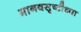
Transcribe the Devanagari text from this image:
मानवसृष्टीच्या